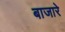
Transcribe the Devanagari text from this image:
बाजारे